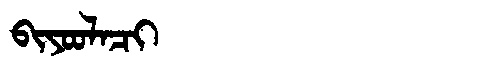
Manchu: ᠪᡳᠶᠣᠣᠯᠠᠴᡳ
Romanization: BIYOOLACI